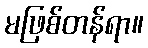
မဖြစ်တန်ရာ။